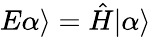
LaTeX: E\alpha\rangle={\hat{H}}|\alpha\rangle